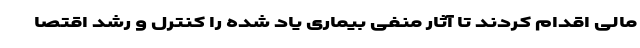
مالی اقدام کردند تا آثار منفی بیماری یاد شده را کنترل و رشد اقتصا